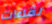
لقاءات